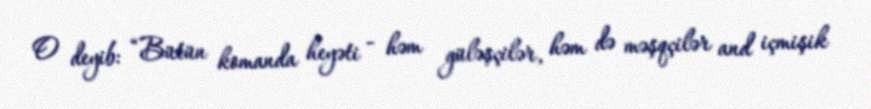
O deyib: “Bütün komanda heyəti - həm güləşçilər, həm də məşqçilər and içmişik